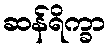
ဆန်ရိက္ခာ